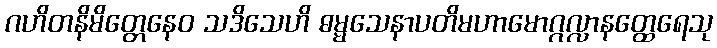
ဂဟိတနိမိတ္တေနေဝ သဒိသေဟိ ဓမ္မသေနာပတိမဟာမောဂ္ဂလ္လာနတ္ထေရေသု